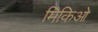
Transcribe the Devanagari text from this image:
मिकिओ